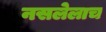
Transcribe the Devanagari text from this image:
नसलेलाच